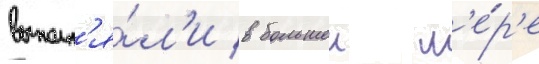
выполн'я́л'и в большеи м'е́р'е